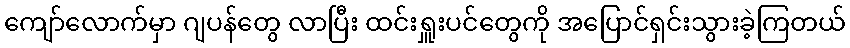
ကျော်လောက်မှာ ဂျပန်တွေ လာပြီး ထင်းရှူးပင်တွေကို အပြောင်ရှင်းသွားခဲ့ကြတယ်